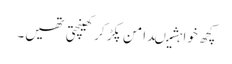
کچھ خواہشیںدامن پکڑ کر کھینچتی تھیں۔